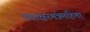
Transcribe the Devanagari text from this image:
पंचाक्षरमंत्रमहिमा